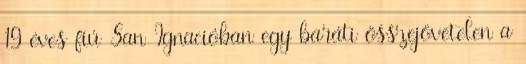
19 éves fiú San Ignacióban egy baráti összejövetelen a